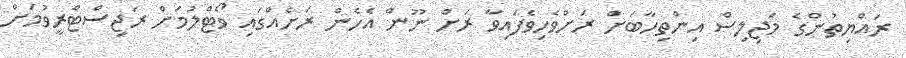
ރައްޔިތުންގެ މަޖިލިސް އިންތިހާބަށް ރަށްވެހިވެފައިވާ ރަށް ނޫން އެހެން ރަށެއްގައި ވޯޓްލުމަށް ރަޖިސްޓްރީވުމަށް